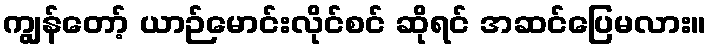
ကျွန်တော့် ယာဉ်မောင်းလိုင်စင် ဆိုရင် အဆင်ပြေမလား။